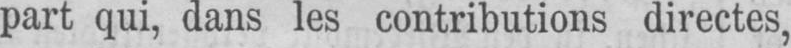
part qui, dans les contributions directes,